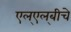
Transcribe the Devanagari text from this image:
एल्‌एल्‌बीचे